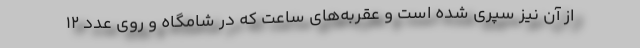
از آن نیز سپری شده است و عقربه‌های ساعت که در شامگاه و روی عدد 12